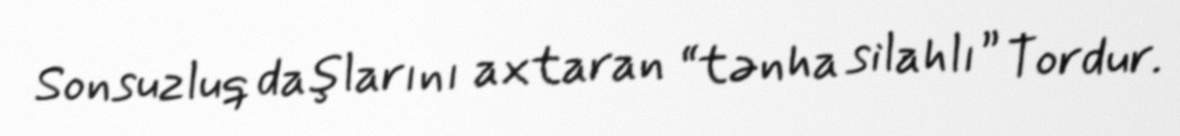
Sonsuzluq daşlarını axtaran “tənha silahlı” Tordur.